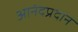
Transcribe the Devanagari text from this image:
आनंदप्रदान